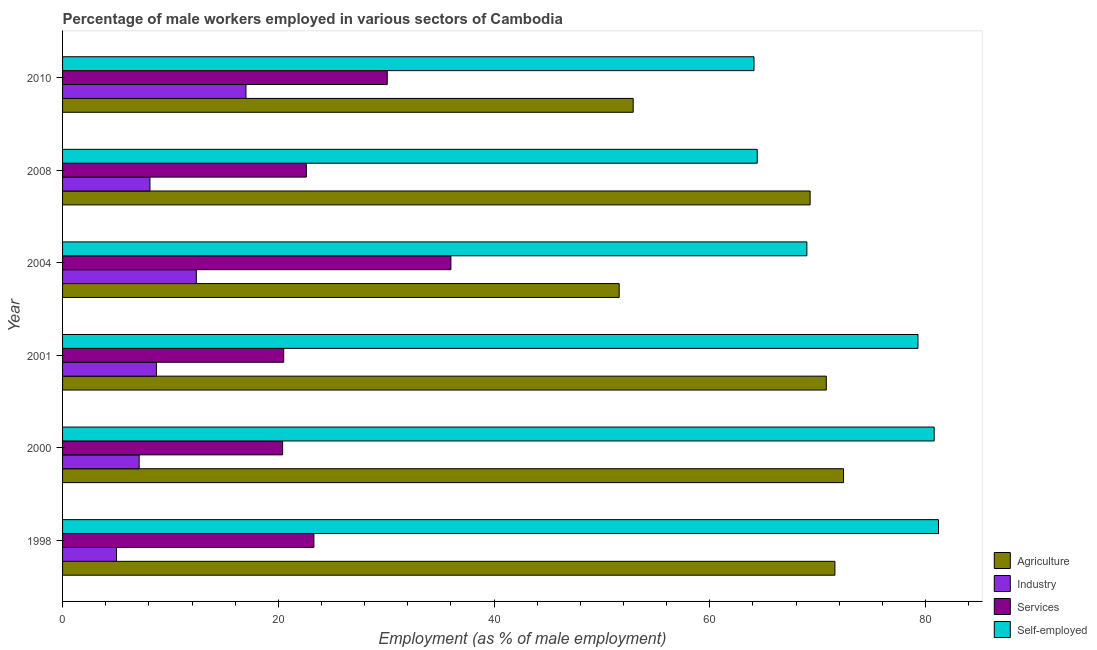
| Year | Agriculture | Industry | Services | Self-employed |
 | --- | --- | --- | --- | --- |
 | 1998 | 71.6 | 5 | 23.3 | 81.2 |
 | 2000 | 72.4 | 7.1 | 20.4 | 80.8 |
 | 2001 | 70.8 | 8.7 | 20.5 | 79.3 |
 | 2004 | 51.6 | 12.4 | 36 | 69 |
 | 2008 | 69.3 | 8.1 | 22.6 | 64.4 |
 | 2010 | 52.9 | 17 | 30.1 | 64.1 |